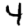
Digit: 4